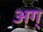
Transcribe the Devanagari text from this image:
अग्